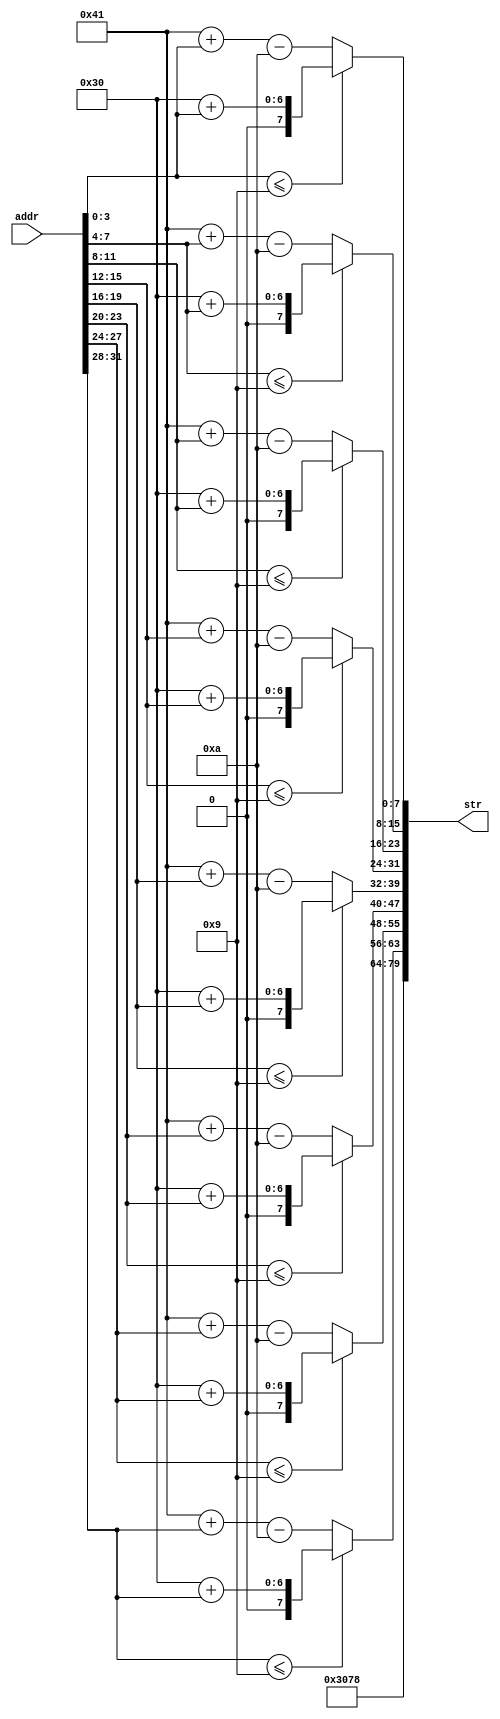
module addr_decoder (
	output [79:0] str,
	input [31:0] addr
);
	wire [3:0] d0 = addr[3:0];
	wire [3:0] d1 = addr[7:4];
	wire [3:0] d2 = addr[11:8];
	wire [3:0] d3 = addr[15:12];
	wire [3:0] d4 = addr[19:16];
	wire [3:0] d5 = addr[23:20];
	wire [3:0] d6 = addr[27:24];
	wire [3:0] d7 = addr[31:28];
	wire [7:0] d0_s = d0 <= 9 ? "0" + d0 : "A" + d0 - 10;
	wire [7:0] d1_s = d1 <= 9 ? "0" + d1 : "A" + d1 - 10;
	wire [7:0] d2_s = d2 <= 9 ? "0" + d2 : "A" + d2 - 10;
	wire [7:0] d3_s = d3 <= 9 ? "0" + d3 : "A" + d3 - 10;
	wire [7:0] d4_s = d4 <= 9 ? "0" + d4 : "A" + d4 - 10;
	wire [7:0] d5_s = d5 <= 9 ? "0" + d5 : "A" + d5 - 10;
	wire [7:0] d6_s = d6 <= 9 ? "0" + d6 : "A" + d6 - 10;
	wire [7:0] d7_s = d7 <= 9 ? "0" + d7 : "A" + d7 - 10;
	assign str = {"0x", d7_s, d6_s, d5_s, d4_s, d3_s, d2_s, d1_s, d0_s}; 
endmodule